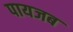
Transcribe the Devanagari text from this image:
पायजब